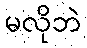
မလိုဘဲ